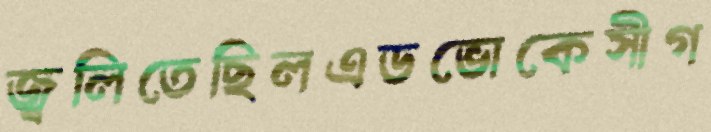
জ্বলিতেছিলএডভোকেসীগ